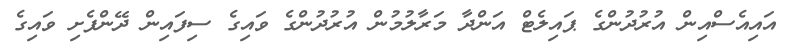
އައިއެސްއިން އުރުދުންގެ ޕައިލެޓް އަންދާ މަރާލުމުން އުރުދުންގެ ވައިގެ ސިފައިން ދޭންފެށި ވައިގެ